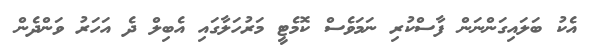
އެކު ބަލައިގަންނަން ފާސްކުރި ނަމަވެސް ކޮމެޓީ މަރުހަލާގައި އެބިލް ދެ އަހަރު ވަންދެން